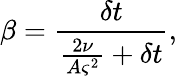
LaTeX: \beta=\frac{\delta t}{\frac{2\nu}{A\varsigma^{2}}+\delta t},